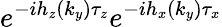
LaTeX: e^{-ih_{z}(k_{y})\tau_{z}}e^{-ih_{x}(k_{y})\tau_{x}}